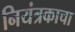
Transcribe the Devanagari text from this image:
नियंत्रकाचा